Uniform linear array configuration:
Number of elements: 12
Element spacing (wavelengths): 0.75
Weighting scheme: cosine
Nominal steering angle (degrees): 0
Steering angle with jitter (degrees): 0.7844
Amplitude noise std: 0.05
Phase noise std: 0.05

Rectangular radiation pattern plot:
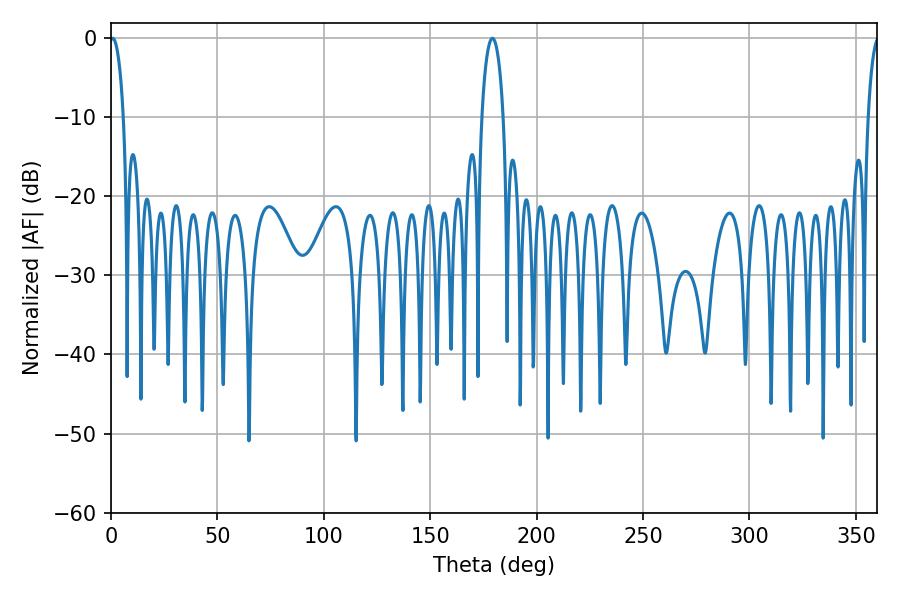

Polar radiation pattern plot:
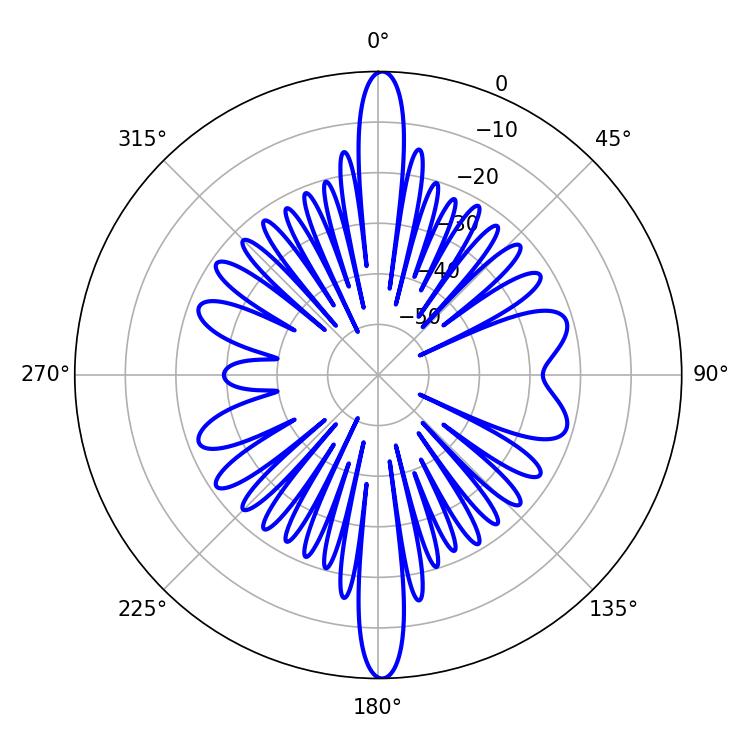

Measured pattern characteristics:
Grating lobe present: TRUE
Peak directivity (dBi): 26.509
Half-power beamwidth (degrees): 3.6
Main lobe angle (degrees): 0.72